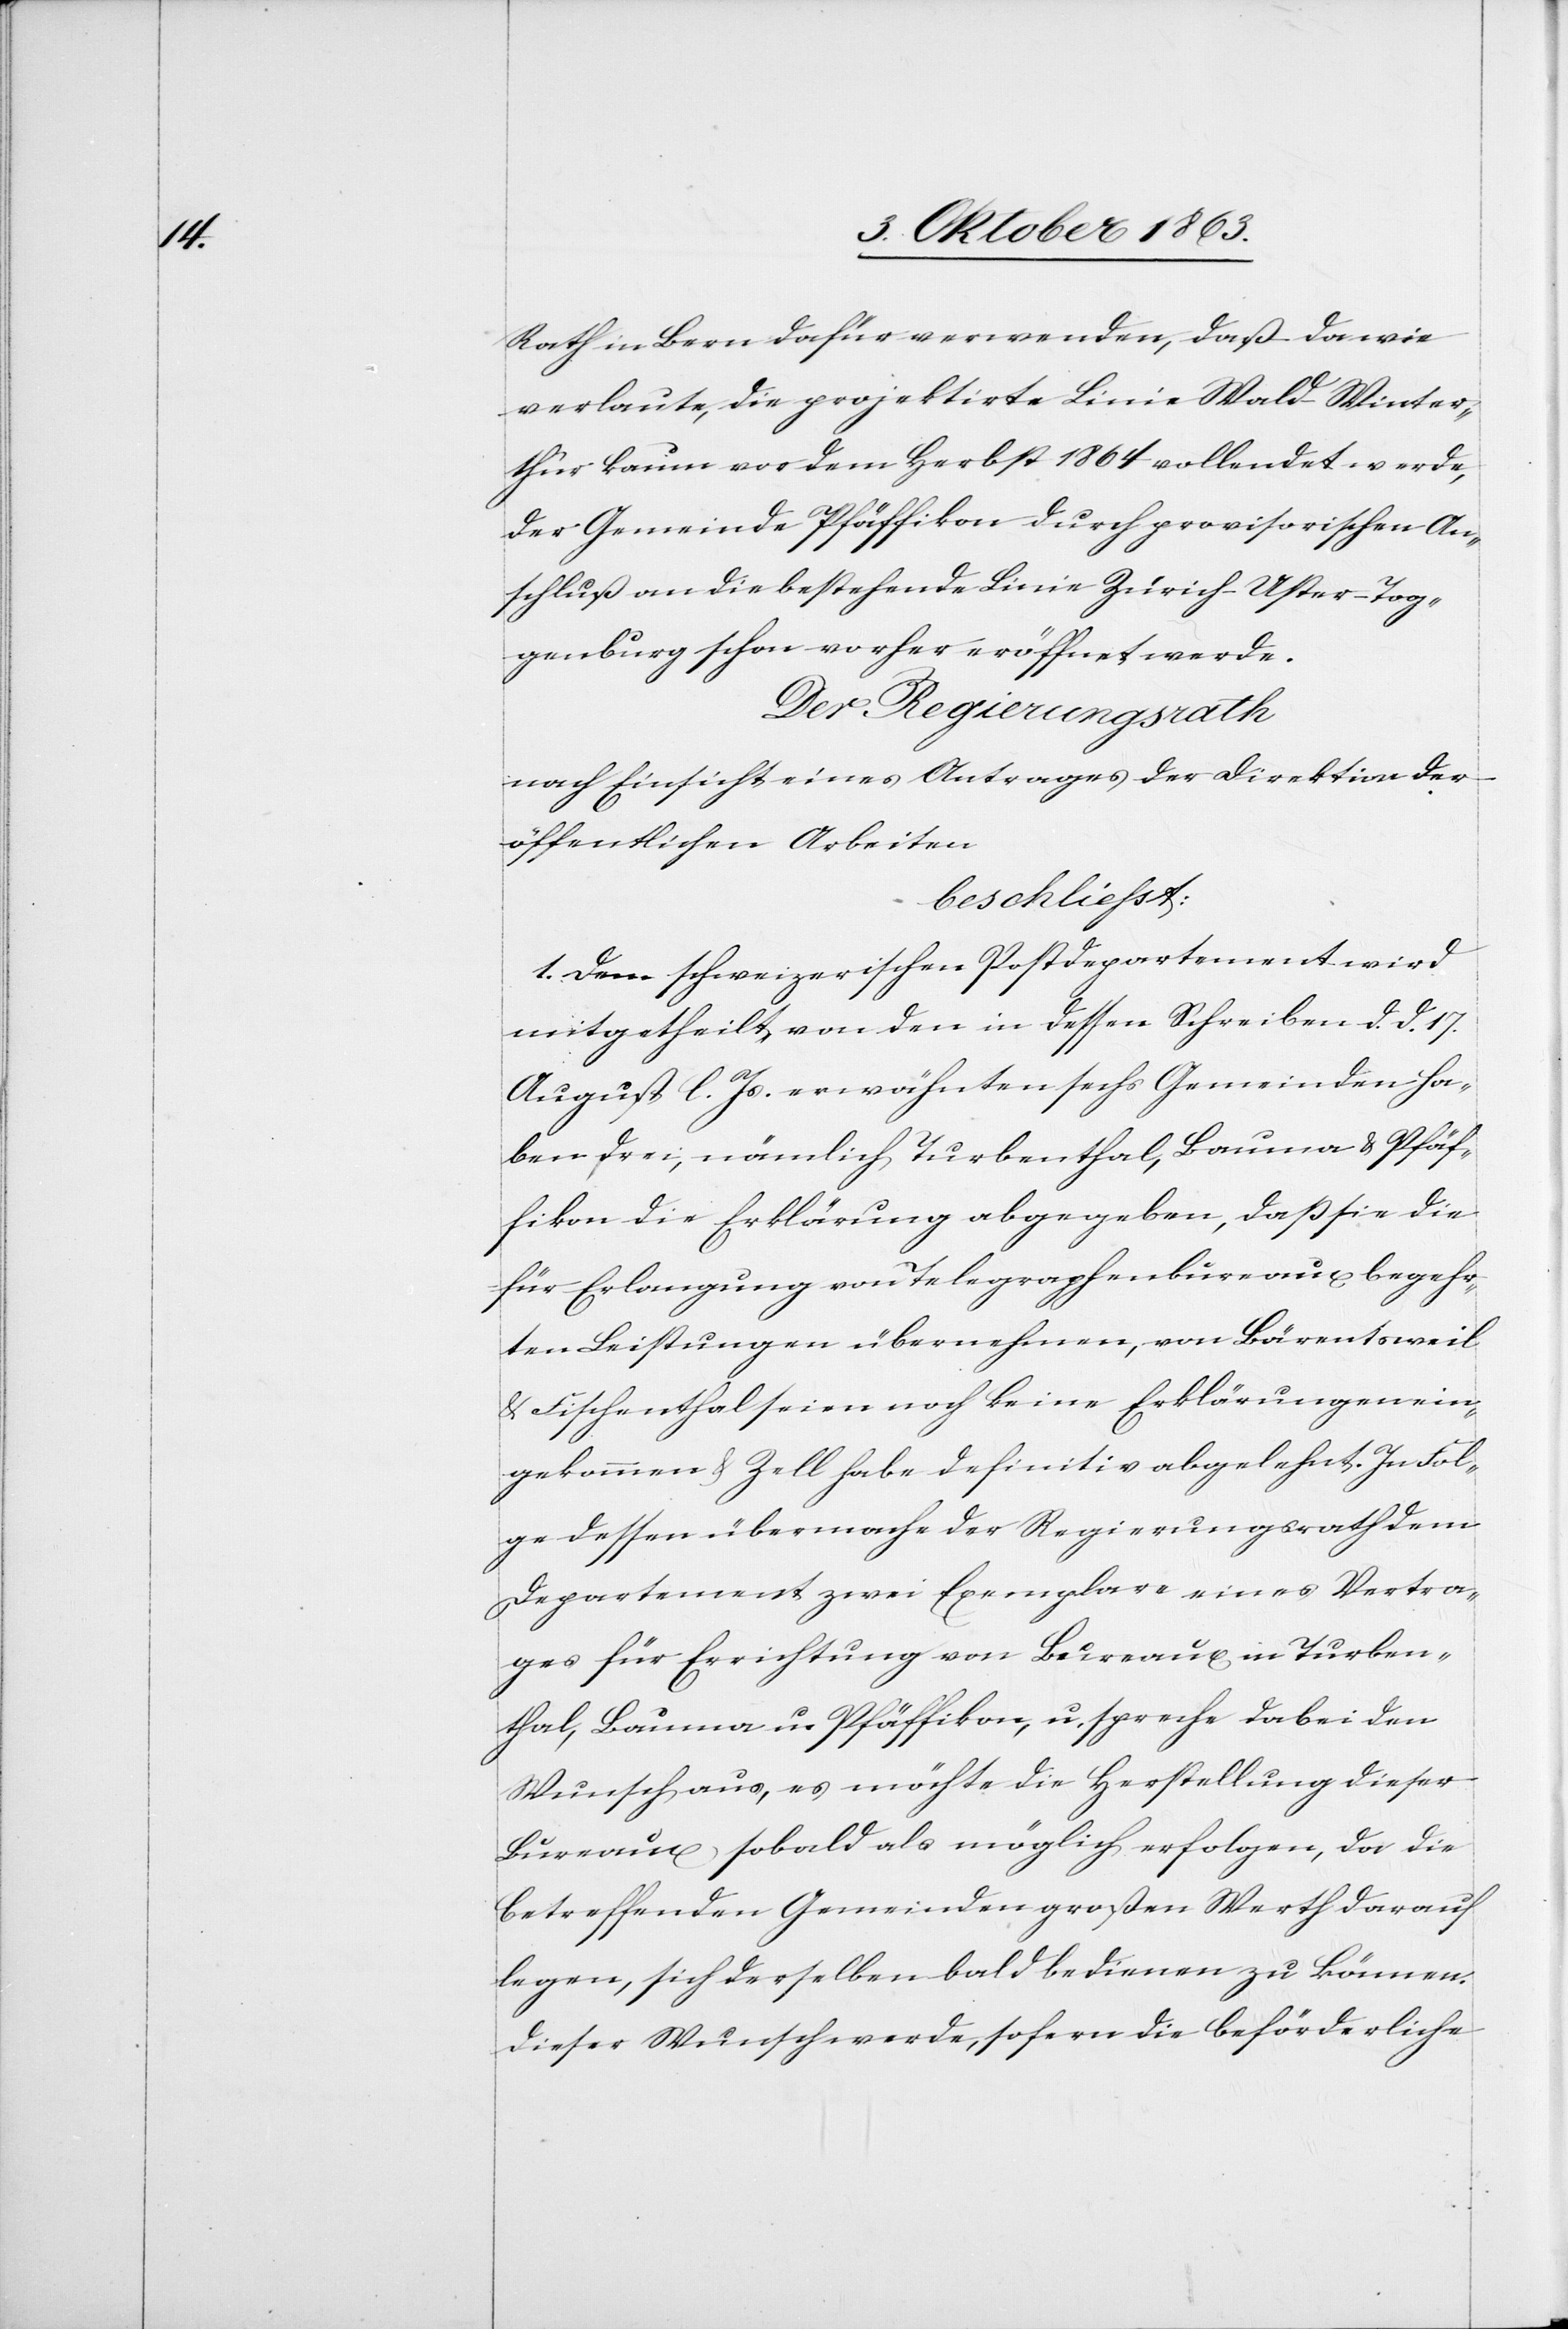
Rath in Bern dafür verwenden, daß da wie
verlaute, die projektirte Linie Wald–Winter¬
thur kaum vor dem Herbst 1864 vollendet werde,
der Gemeinde Pfäffikon durch provisorischen An¬
schluß an die bestehende Linie Zürich–Uster–Tog¬
genburg schon vorher eröffnet werde.
Der Regierungsrath
nach Einsicht eines Antrages der Direktion der
öffentlichen Arbeiten
beschliesst:
1. Dem schweizerischen Postdepartement wird
mitgetheilt, von den in dessen Schreiben d. d. 17.
August l. Js. erwähnten sechs Gemeinden ha¬
ben drei, nämlich Turbenthal, Bauma & Pfäf¬
fikon die Erklärung abgegeben, daß sie die
für Erlangung von Telegraphenbureaux begehr¬
ten Leistungen übernehmen, von Bärentsweil
& Fischenthal seien noch keine Erklärungen ein¬
gekommen & Zell habe definitiv abgelehnt. In Fol¬
ge dessen übermache der Regierungsrath dem
Departement zwei Exemplare eines Vertra¬
ges für Errichtung von Bureaux in Turben¬
thal, Bauma u. Pfäffikon, u. spreche dabei den
Wunsch aus, es möchte die Herstellung dieser
Bureaux sobald als möglich erfolgen, da die
betreffenden Gemeinden großen Werth darauf
legen, sich derselben bald bedienen zu können.
Dieser Wunsch werde, sofern die beförderliche